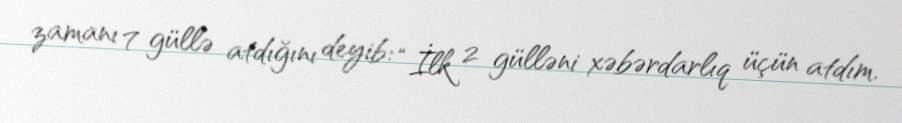
zamanı 7 güllə atdığını deyib: “İlk 2 gülləni xəbərdarlıq üçün atdım.